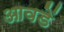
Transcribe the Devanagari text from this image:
आवडें